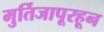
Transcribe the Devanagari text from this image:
मुर्तिजापूरहून